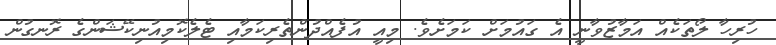
ހުރިހާ ލޯތަކެއް އަމާޒުވާނީ އެ ގައުމަށް ކަމަށެވެ. މިއީ އުފެއްދުންތެރިކަމާއި ޓެލެކޮމިއުނިކޭޝަންގެ ރޮނގުން